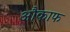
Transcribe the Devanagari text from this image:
औकाफ